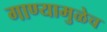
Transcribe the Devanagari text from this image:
गाण्यामुळेच